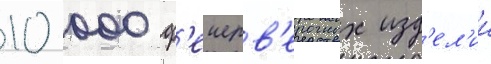
10 000 ф'еиерв'ерочных изд'ел'ии